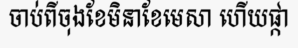
ចាប់ពីចុងខែមិនាខែមេសា ហើយផ្កា